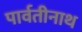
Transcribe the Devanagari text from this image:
पार्वतीनाथ